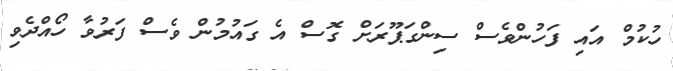
ހުކުމް އައި ފަހުންވެސް ސިންގަޕޫރަށް ގޮސް އެ ގައުމުން ވެސް ފަރުވާ ހޯއްދެވި